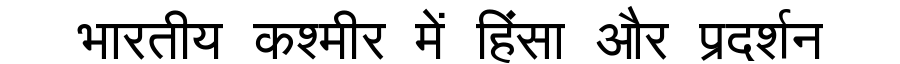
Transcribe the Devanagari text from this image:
भारतीय कश्मीर में हिंसा और प्रदर्शन